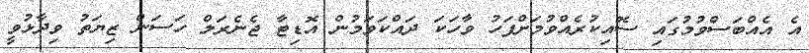
އެ އެއްބަސްވުމުގައި ސޮއިކުރެއްވުމަށްފަހު ވާހަކަ ދައްކަވަމުން އޮޑިޓާ ޖެނެރަލް ހަސަން ޒިޔަތު ވިދާޅުވީ